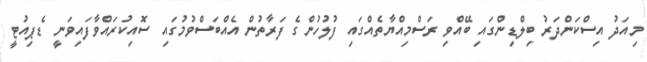
މިއަދު އިސްކަންދަރު ބިލްޑިންގައި ބޭއްވި ރަސްމިއްޔާތެއްގައި ފުލުހުންގެ ފަރާތުން އެއްބަސްވުމުގައި ސޮއިކުރައްވާފައިވަނީ ޑެޕިއުޓީ